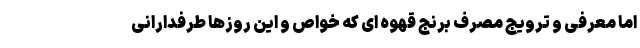
اما معرفی و ترویج مصرف برنج قهوه ای که خواص و این روزها طرفدارانی